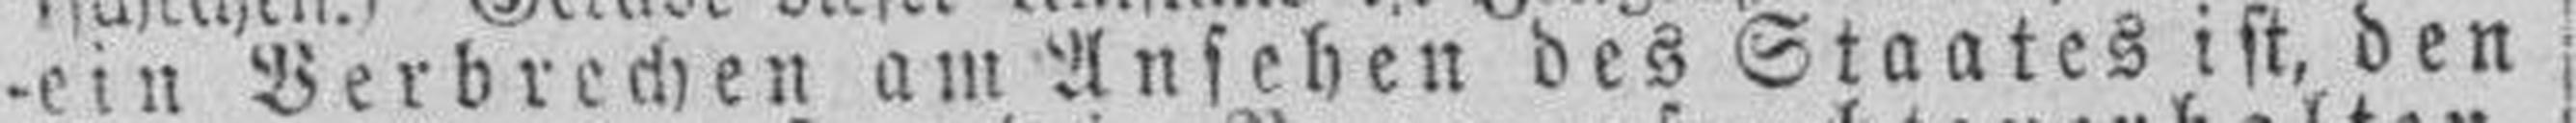
-ein Verbrechen am Ansehen des Staates ist, den